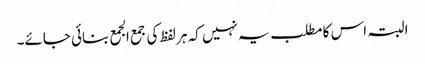
البتہ اس کا مطلب یہ نہیں کہ ہر لفظ کی جمع الجمع بنائی جائے۔